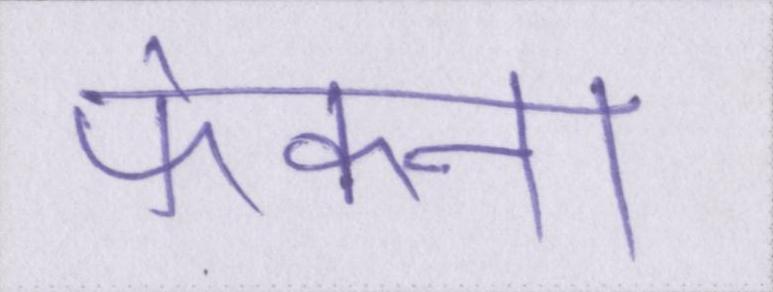
फेकना